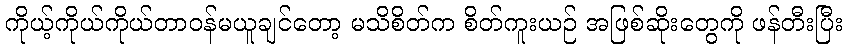
ကိုယ့်ကိုယ်ကိုယ်တာဝန်မယူချင်တော့ မသိစိတ်က စိတ်ကူးယဉ် အဖြစ်ဆိုးတွေကို ဖန်တီးပြီး